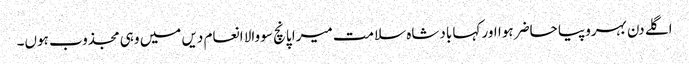
اگلے دن بہروپیا حاضر ہوا اور کہا بادشاہ سلامت میرا پانچ سو والا انعام دیں میں وہی مجذوب ہوں۔